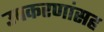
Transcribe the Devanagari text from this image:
उपकरणांसह